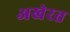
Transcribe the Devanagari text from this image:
अखेरत